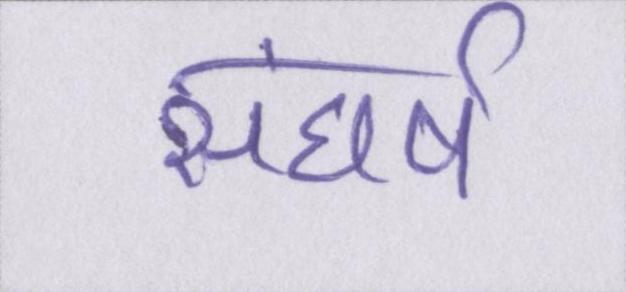
संघर्ष